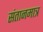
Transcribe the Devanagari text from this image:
संतानमात्र